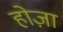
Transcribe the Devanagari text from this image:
होज़ा